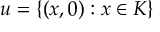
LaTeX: u = \{ ( x , 0 ) : x \in K \}